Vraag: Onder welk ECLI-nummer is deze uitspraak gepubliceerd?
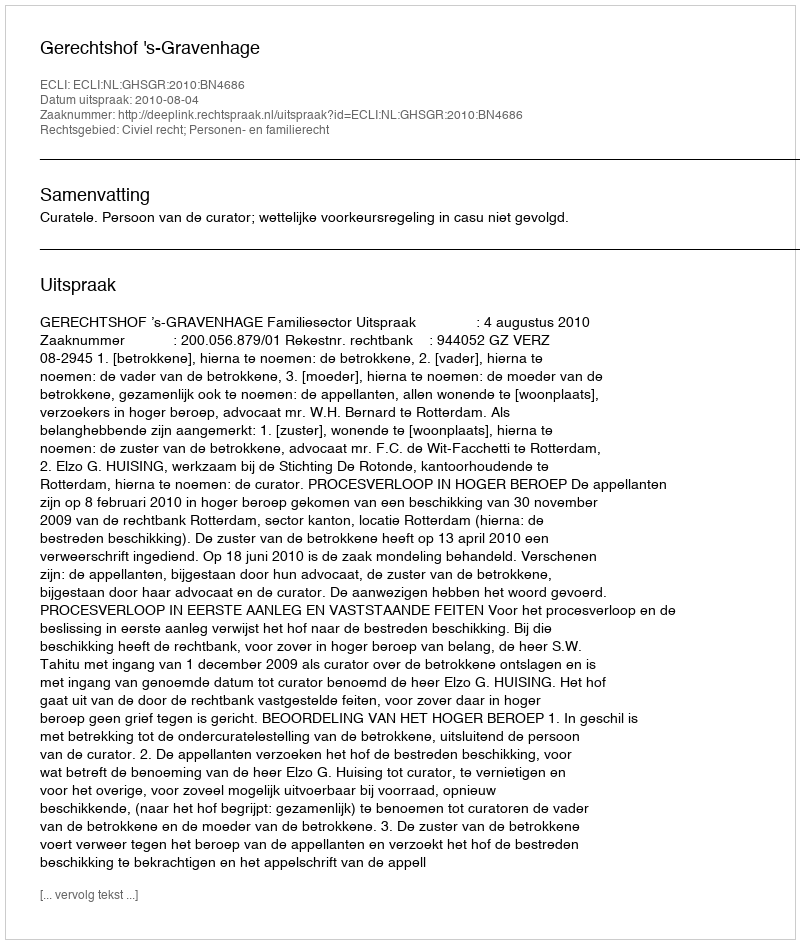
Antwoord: ECLI:NL:GHSGR:2010:BN4686